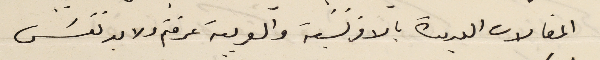
المقالات العديدة بالافرنسَية والعربية عرفتم ولا بد نفسَ